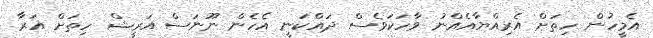
އެމީހުން ހިތަށް އެރިއްޔާއެއްނު ވާހަކަވެސް ދައްކަނީ އެހެން ނޫނަސް އަރީޝް ހިތަށް އަރާ